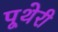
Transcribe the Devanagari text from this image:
पूथेरी